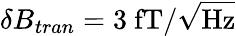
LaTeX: \delta B_{tran}=3~\mathrm{fT/\sqrt{Hz}}